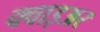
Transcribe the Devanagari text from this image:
क्वाइअर